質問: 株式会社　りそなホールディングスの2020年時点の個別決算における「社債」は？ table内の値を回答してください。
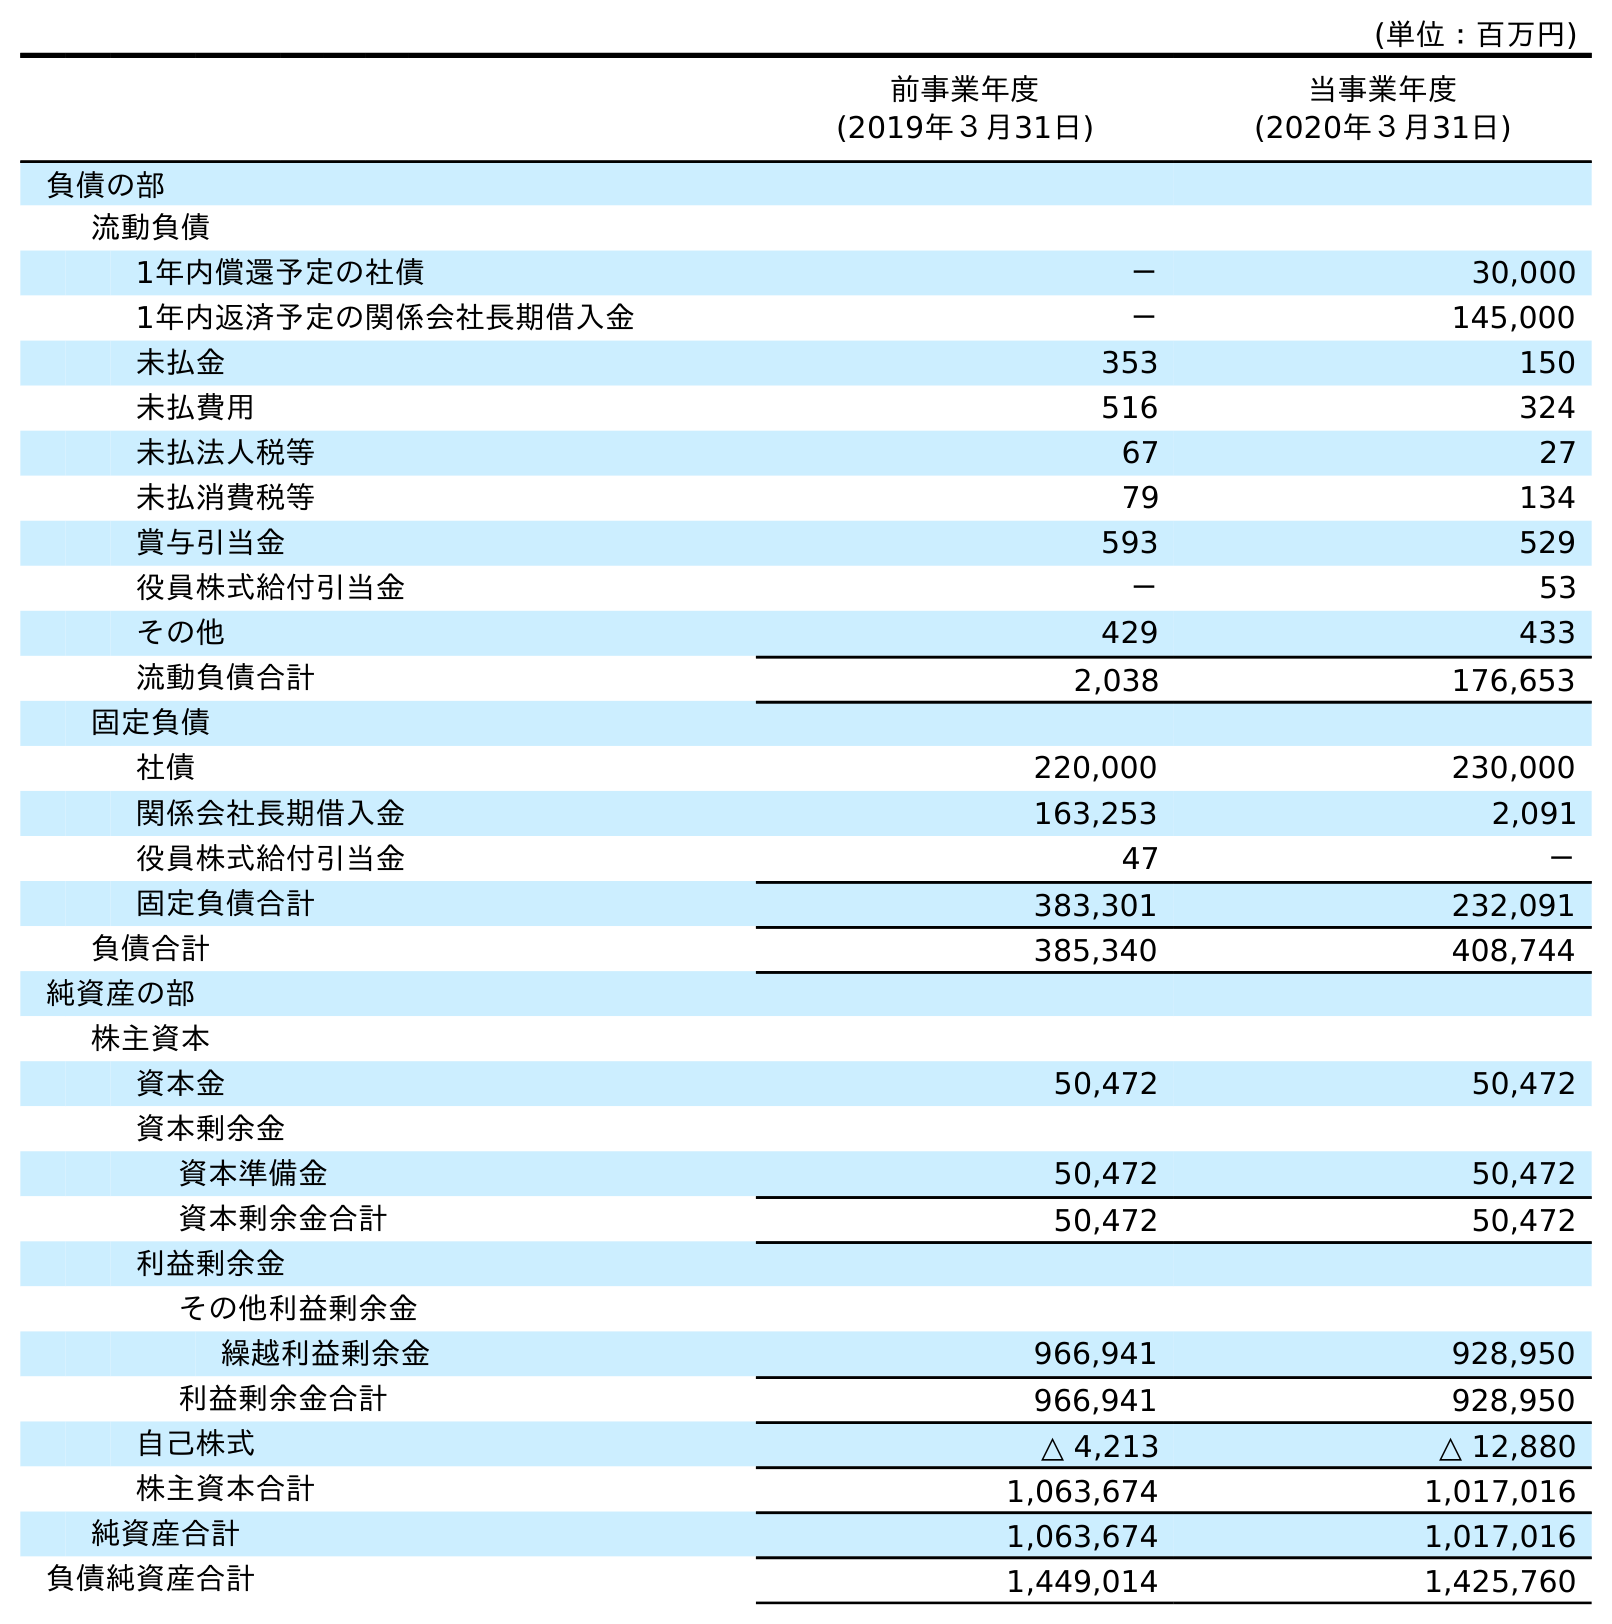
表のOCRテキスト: (単位：百万円) 前事業年度 (2019年３月31日) 当事業年度 (2020年３月31日) 負債の部 流動負債 1年内償還予定の社債 － 30,000 1年内返済予定の関係会社長期借入金 － 145,000 未払金 353 150 未払費用 516 324 未払法人税等 67 27 未払消費税等 79 134 賞与引当金 593 529 役員株式給付引当金 － 53 その他 429 433 流動負債合計 2,038 176,653 固定負債 社債 220,000 230,000 関係会社長期借入金 163,253 2,091 役員株式給付引当金 47 － 固定負債合計 383,301 232,091 負債合計 385,340 408,744 純資産の部 株主資本 資本金 50,472 50,472 資本剰余金 資本準備金 50,472 50,472 資本剰余金合計 50,472 50,472 利益剰余金 その他利益剰余金 繰越利益剰余金 966,941 928,950 利益剰余金合計 966,941 928,950 自己株式 △ 4,213 △ 12,880 株主資本合計 1,063,674 1,017,016 純資産合計 1,063,674 1,017,016 負債純資産合計 1,449,014 1,425,760
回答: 230,000